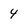
Character: 4